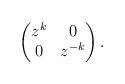
LaTeX: \begin{align*}\begin{pmatrix}z^k & 0 \\0 & z^{-k}\end{pmatrix}. \end{align*}